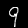
Label: 9